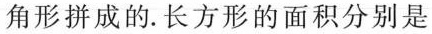
角形拼成的。长方形的面积分别是